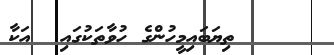
ތިޔަބައިމީހުންގެ ހުވާތަކުގައި  އަކާ